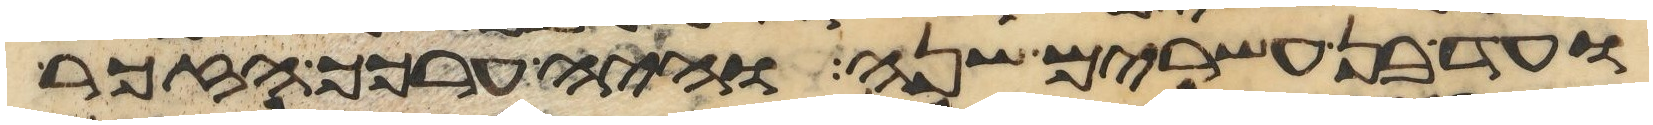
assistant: ועד בן עשרים שנה והיה ערכך הזכר